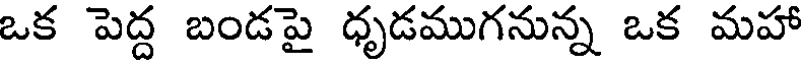
ఒక పెద్ద బండపై ధృడముగనున్న ఒక మహా